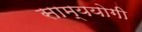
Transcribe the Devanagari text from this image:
साम्ययोगी